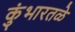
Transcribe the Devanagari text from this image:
कुंभारतळे